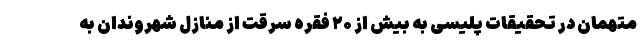
متهمان در تحقیقات پلیسی به بیش از ۲۰ فقره سرقت از منازل شهروندان به